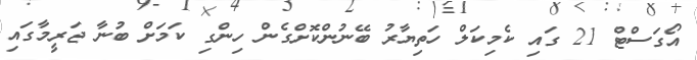
އޯގަސްޓް 21 ގައި ކެމިކަލް ހަތިޔާރު ބޭނުންކޮށްގެން ހިންގި ކަމަށް ބުނާ ޖަރީމާގައި